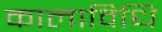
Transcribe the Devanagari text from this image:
कालाविधि